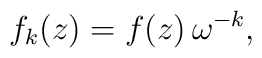
f_k(z)=f(z)\,\omega^{-k} ,